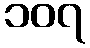
၁၀၇